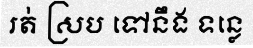
រត់ ស្រប ទៅនឹង ទន្លេ